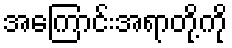
အကြောင်းအရာတို့ကို